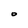
Character: O